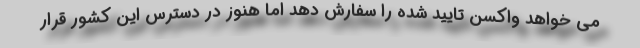
می خواهد واکسن تایید شده را سفارش دهد اما هنوز در دسترس این کشور قرار